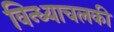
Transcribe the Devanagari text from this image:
विन्ध्याचलकी